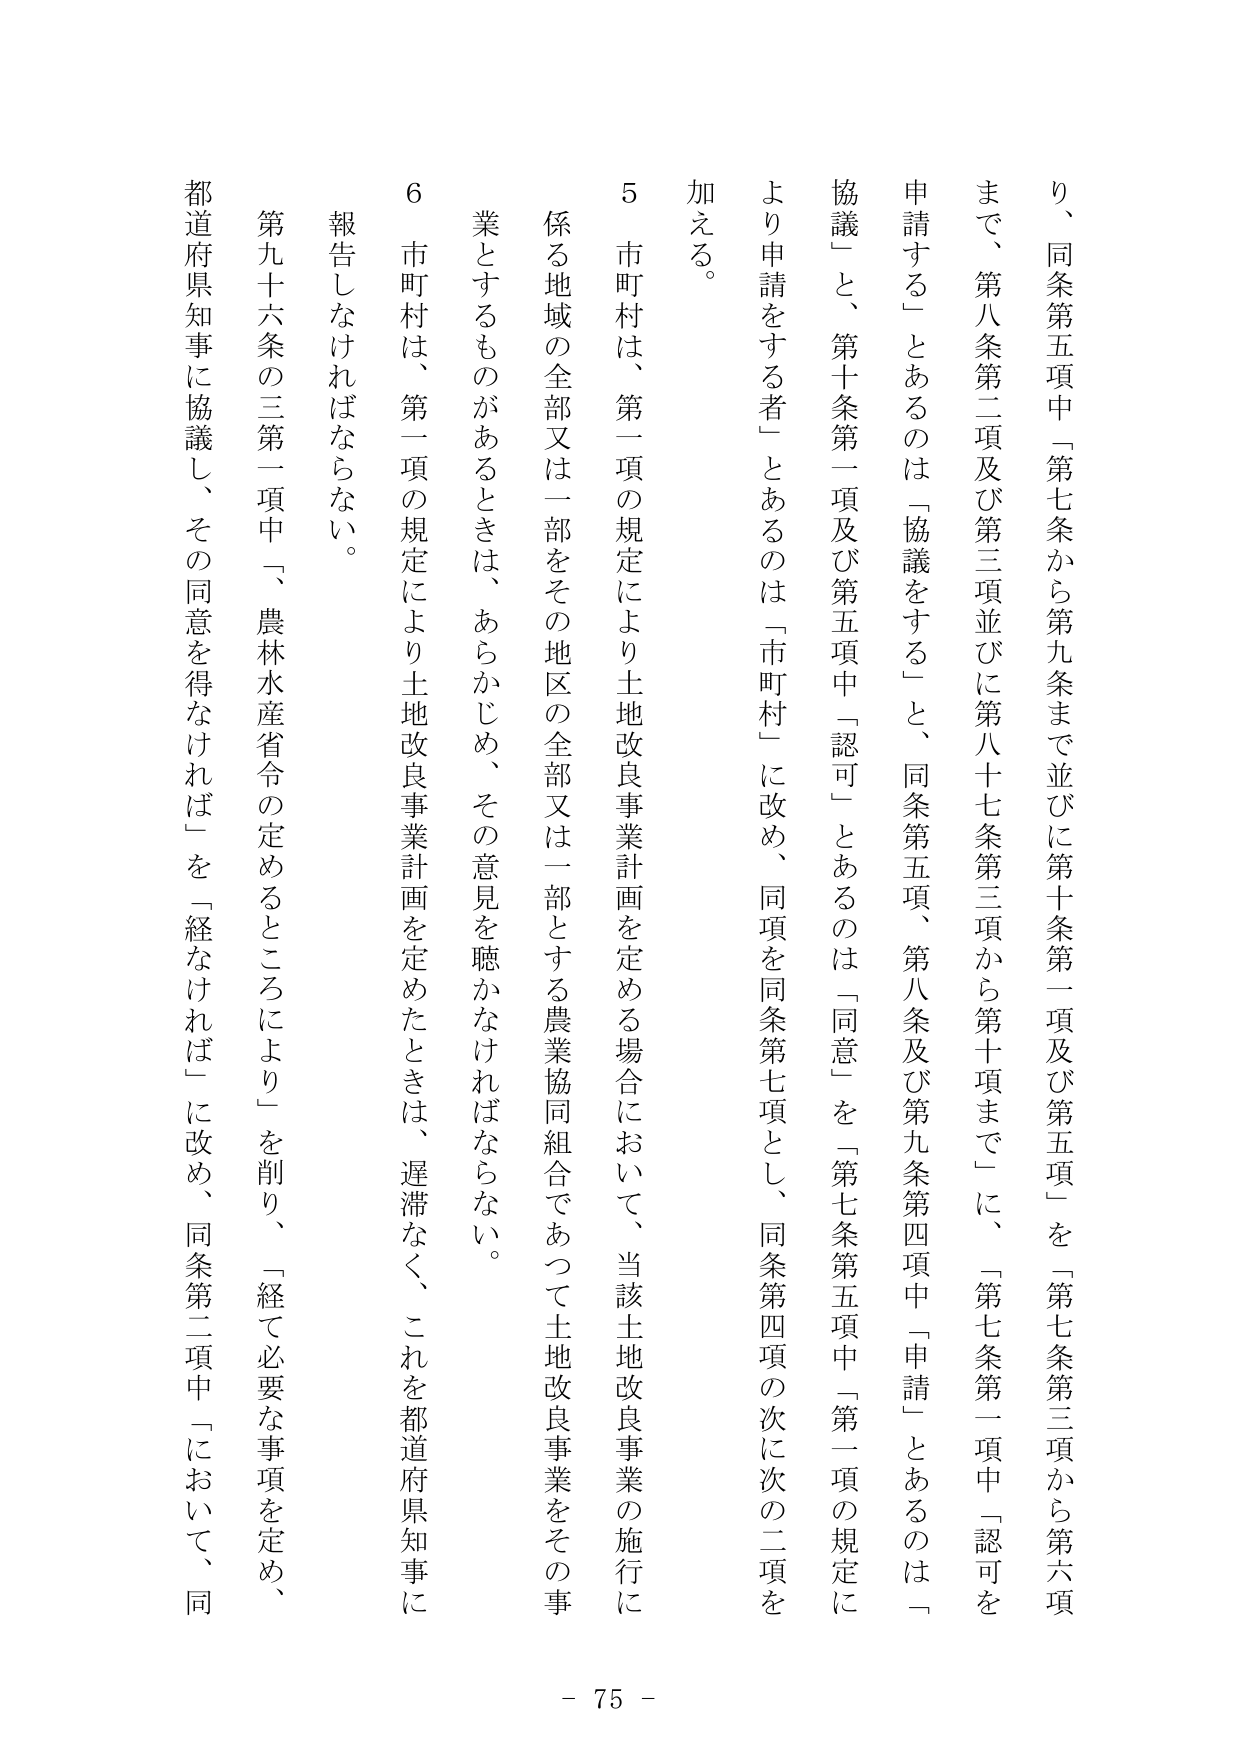
り、同条第五項中「第七条から第九条まで並びに第十条第一項及び第五項」を「第七条第三項から第六項まで、第八条第二項及び第三項並びに第八十七条第三項から第十項まで」に、「第七条第一項中「認可を申請する」とあるのは「協議をする」と、同条第五項、第八条及び第九条第四項中「申請」とあるのは「協議」と、第十条第一項及び第五項中「認可」とあるのは「同意」を「第七条第五項中「第一項の規定により申請をする者」とあるのは「市町村」に改め、同項を同条第七項とし、同条第四項の次に次の二項を加える。

５ 市町村は、第一項の規定により土地改良事業計画を定める場合において、当該土地改良事業の施行に係る地域の全部又は一部をその地区の全部又は一部とする農業協同組合であつて土地改良事業をその事業とするものがあるときは、あらかじめ、その意見を聴かなければならない。

６ 市町村は、第一項の規定により土地改良事業計画を定めたときは、遅滞なく、これを都道府県知事に報告しなければならない。

第九十六条の三第一項中「、農林水産省令の定めるところにより」を削り、「経て必要な事項を定め、都道府県知事に協議し、その同意を得なければ」を「経なければ」に改め、同条第二項中「において、同

- 75 -